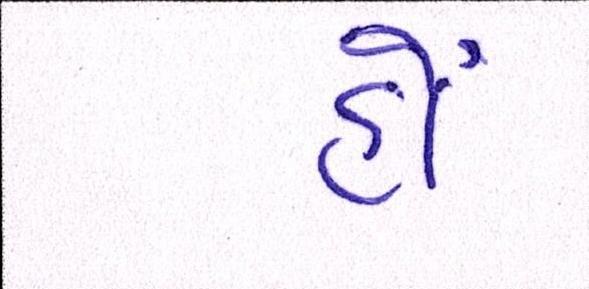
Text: હોં